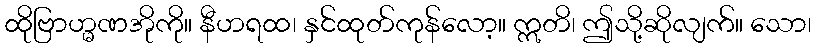
ထိုဗြာဟ္မဏအိုကို။ နီဟရထ၊ နှင်ထုတ်ကုန်လော့။ ဣတိ၊ ဤသို့ဆိုလျက်။ သော၊